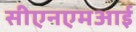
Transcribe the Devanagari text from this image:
सीएनएमआई